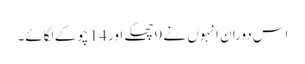
اس دوران انہوں نے 9 چھکے اور 14 چوکے لگائے۔